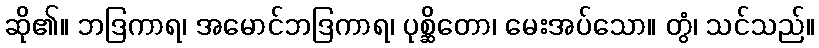
ဆို၏။ ဘဒြကာရ၊ အမောင်ဘဒြကာရ၊ ပုစ္ဆိတော၊ မေးအပ်သော။ တွံ၊ သင်သည်။